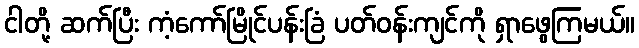
ငါတို့ ဆက်ပြီး ကံ့ကော်မြိုင်ပန်းခြံ ပတ်ဝန်းကျင်ကို ရှာဖွေကြမယ်။